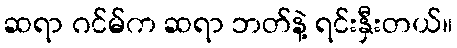
ဆရာ ဂင်မ်က ဆရာ ဘတ်နဲ့ ရင်းနှီးတယ်။